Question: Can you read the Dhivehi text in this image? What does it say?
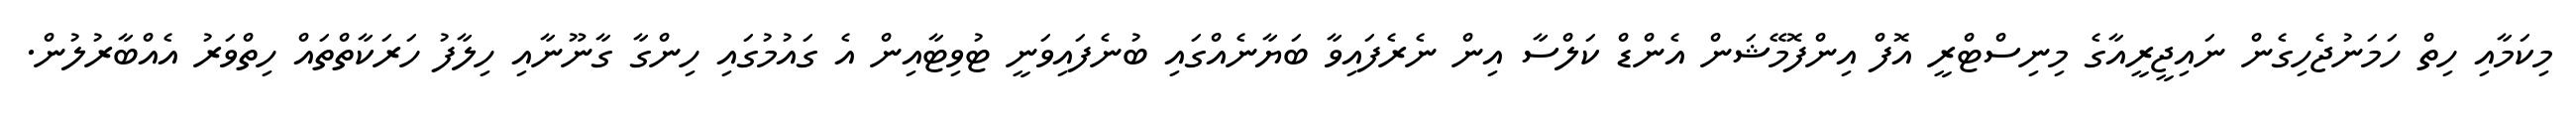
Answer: މިކަމާއި ހިތް ހަމަނުޖެހިގެން ނައިޖީރީއާގެ މިނިސްޓްރީ އޮފް އިންފޮމޭޝަން އެންޑް ކަލްސާ އިން ނެރެފައިވާ ބަޔާނެއްގައި ބުނެފައިވަނީ ޓުވިޓާއިން އެ ގައުމުގައި ހިންގާ ގާނޫނާއި ހިލާފު ހަރަކާތްތައް ހިތްވަރު އެއްބާރުލުން.